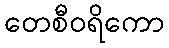
တေစီဝရိကော